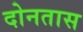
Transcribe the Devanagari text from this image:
दोनतास